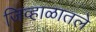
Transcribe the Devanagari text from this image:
जिव्हाळातले